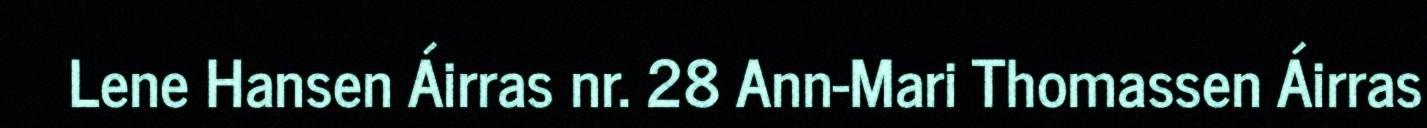
Lene Hansen Áirras nr. 28 Ann-Mari Thomassen Áirras